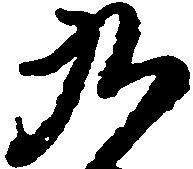
九